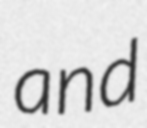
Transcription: and